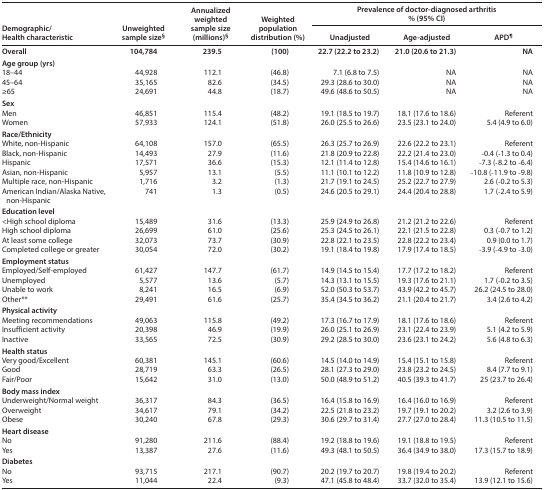
<table><thead><tr><td rowspan="3"><b>Demographic/Health characteristic</b></td><td rowspan="3"><b>Unweighted sample size<sup>§</sup></b></td><td rowspan="3"><b>Annualized weighted sample size (millions)<sup>§</sup></b></td><td rowspan="3"><b>Weighted population distribution (%)</b></td><td colspan="3"><b>Prevalence of doctor-diagnosed arthritis</b></td></tr><tr><td colspan="3"><b>% (95% CI)</b></td></tr><tr><td><b>Unadjusted</b></td><td><b>Age-adjusted</b></td><td><b>APD<sup>¶</sup></b></td></tr></thead><tbody><tr><td><b>Overall</b></td><td><b>104,784</b></td><td><b>239.5</b></td><td><b>(100)</b></td><td><b>22.7 (22.2 to 23.2)</b></td><td><b>21.0 (20.6 to 21.3)</b></td><td>NA</td></tr><tr><td colspan="7"><b>Age group (yrs)</b></td></tr><tr><td>18–44</td><td>44,928</td><td>112.1</td><td>(46.8)</td><td>7.1 (6.8 to 7.5)</td><td>NA</td><td>NA</td></tr><tr><td>45–64</td><td>35,165</td><td>82.6</td><td>(34.5)</td><td>29.3 (28.6 to 30.0)</td><td>NA</td><td>NA</td></tr><tr><td>≥65</td><td>24,691</td><td>44.8</td><td>(18.7)</td><td>49.6 (48.6 to 50.5)</td><td>NA</td><td>NA</td></tr><tr><td colspan="7"><b>Sex</b></td></tr><tr><td>Men</td><td>46,851</td><td>115.4</td><td>(48.2)</td><td>19.1 (18.5 to 19.7)</td><td>18.1 (17.6 to 18.6)</td><td>Referent</td></tr><tr><td>Women</td><td>57,933</td><td>124.1</td><td>(51.8)</td><td>26.0 (25.5 to 26.6)</td><td>23.5 (23.1 to 24.0)</td><td>5.4 (4.9 to 6.0)</td></tr><tr><td colspan="7"><b>Race/Ethnicity</b></td></tr><tr><td>White, non-Hispanic</td><td>64,108</td><td>157.0</td><td>(65.5)</td><td>26.3 (25.7 to 26.9)</td><td>22.6 (22.2 to 23.1)</td><td>Referent</td></tr><tr><td>Black, non-Hispanic</td><td>14,493</td><td>27.9</td><td>(11.6)</td><td>21.8 (20.9 to 22.8)</td><td>22.2 (21.4 to 23.0)</td><td>−0.4 (−1.3 to 0.4)</td></tr><tr><td>Hispanic</td><td>17,571</td><td>36.6</td><td>(15.3)</td><td>12.1 (11.4 to 12.8)</td><td>15.4 (14.6 to 16.1)</td><td>−7.3 (−8.2 to −6.4)</td></tr><tr><td>Asian, non-Hispanic</td><td>5,957</td><td>13.1</td><td>(5.5)</td><td>11.1 (10.1 to 12.2)</td><td>11.8 (10.9 to 12.8)</td><td>−10.8 (−11.9 to −9.8)</td></tr><tr><td>Multiple race, non-Hispanic</td><td>1,716</td><td>3.2</td><td>(1.3)</td><td>21.7 (19.1 to 24.5)</td><td>25.2 (22.7 to 27.9)</td><td>2.6 (−0.2 to 5.3)</td></tr><tr><td>American Indian/Alaska Native, non-Hispanic</td><td>741</td><td>1.3</td><td>(0.5)</td><td>24.6 (20.5 to 29.1)</td><td>24.4 (20.4 to 28.8)</td><td>1.7 (−2.4 to 5.9)</td></tr><tr><td colspan="7"><b>Education level</b></td></tr><tr><td>&lt;High school diploma</td><td>15,489</td><td>31.6</td><td>(13.3)</td><td>25.9 (24.9 to 26.8)</td><td>21.2 (21.2 to 22.6)</td><td>Referent</td></tr><tr><td>High school diploma</td><td>26,699</td><td>61.0</td><td>(25.6)</td><td>25.3 (24.5 to 26.1)</td><td>22.1 (21.5 to 22.8)</td><td>0.3 (−0.7 to 1.2)</td></tr><tr><td>At least some college</td><td>32,073</td><td>73.7</td><td>(30.9)</td><td>22.8 (22.1 to 23.5)</td><td>22.8 (22.2 to 23.4)</td><td>0.9 (0.0 to 1.7)</td></tr><tr><td>Completed college or greater</td><td>30,054</td><td>72.0</td><td>(30.2)</td><td>19.1 (18.4 to 19.8)</td><td>17.9 (17.4 to 18.5)</td><td>−3.9 (−4.9 to −3.0)</td></tr><tr><td colspan="7"><b>Employment status</b></td></tr><tr><td>Employed/Self-employed</td><td>61,427</td><td>147.7</td><td>(61.7)</td><td>14.9 (14.5 to 15.4)</td><td>17.7 (17.2 to 18.2)</td><td>Referent</td></tr><tr><td>Unemployed</td><td>5,577</td><td>13.6</td><td>(5.7)</td><td>14.3 (13.1 to 15.5)</td><td>19.3 (17.6 to 21.1)</td><td>1.7 (−0.2 to 3.5)</td></tr><tr><td>Unable to work</td><td>8,241</td><td>16.5</td><td>(6.9)</td><td>52.0 (50.3 to 53.7)</td><td>43.9 (42.2 to 45.7)</td><td>26.2 (24.5 to 28.0)</td></tr><tr><td>Other**</td><td>29,491</td><td>61.6</td><td>(25.7)</td><td>35.4 (34.5 to 36.2)</td><td>21.1 (20.4 to 21.7)</td><td>3.4 (2.6 to 4.2)</td></tr><tr><td colspan="7"><b>Physical activity</b></td></tr><tr><td>Meeting recommendations</td><td>49,063</td><td>115.8</td><td>(49.2)</td><td>17.3 (16.7 to 17.9)</td><td>18.1 (17.6 to 18.6)</td><td>Referent</td></tr><tr><td>Insufficient activity</td><td>20,398</td><td>46.9</td><td>(19.9)</td><td>26.0 (25.1 to 26.9)</td><td>23.1 (22.4 to 23.9)</td><td>5.1 (4.2 to 5.9)</td></tr><tr><td>Inactive</td><td>33,565</td><td>72.5</td><td>(30.9)</td><td>29.2 (28.5 to 30.0)</td><td>23.6 (23.1 to 24.2)</td><td>5.6 (4.8 to 6.3)</td></tr><tr><td colspan="7"><b>Health status</b></td></tr><tr><td>Very good/Excellent</td><td>60,381</td><td>145.1</td><td>(60.6)</td><td>14.5 (14.0 to 14.9)</td><td>15.4 (15.1 to 15.8)</td><td>Referent</td></tr><tr><td>Good</td><td>28,719</td><td>63.3</td><td>(26.5)</td><td>28.1 (27.3 to 29.0)</td><td>23.8 (23.2 to 24.5)</td><td>8.4 (7.7 to 9.1)</td></tr><tr><td>Fair/Poor</td><td>15,642</td><td>31.0</td><td>(13.0)</td><td>50.0 (48.9 to 51.2)</td><td>40.5 (39.3 to 41.7)</td><td>25 (23.7 to 26.4)</td></tr><tr><td colspan="7"><b>Body mass index</b></td></tr><tr><td>Underweight/Normal weight</td><td>36,317</td><td>84.3</td><td>(36.5)</td><td>16.4 (15.8 to 16.9)</td><td>16.4 (16.0 to 16.9)</td><td>Referent</td></tr><tr><td>Overweight</td><td>34,617</td><td>79.1</td><td>(34.2)</td><td>22.5 (21.8 to 23.2)</td><td>19.7 (19.1 to 20.2)</td><td>3.2 (2.6 to 3.9)</td></tr><tr><td>Obese</td><td>30,240</td><td>67.8</td><td>(29.3)</td><td>30.6 (29.7 to 31.4)</td><td>27.7 (27.0 to 28.4)</td><td>11.3 (10.5 to 11.5)</td></tr><tr><td colspan="7"><b>Heart disease</b></td></tr><tr><td>No</td><td>91,280</td><td>211.6</td><td>(88.4)</td><td>19.2 (18.8 to 19.6)</td><td>19.1 (18.8 to 19.5)</td><td>Referent</td></tr><tr><td>Yes</td><td>13,387</td><td>27.6</td><td>(11.6)</td><td>49.3 (48.1 to 50.5)</td><td>36.4 (34.9 to 38.0)</td><td>17.3 (15.7 to 18.9)</td></tr><tr><td colspan="7"><b>Diabetes</b></td></tr><tr><td>No</td><td>93,715</td><td>217.1</td><td>(90.7)</td><td>20.2 (19.7 to 20.7)</td><td>19.8 (19.4 to 20.2)</td><td>Referent</td></tr><tr><td>Yes</td><td>11,044</td><td>22.4</td><td>(9.3)</td><td>47.1 (45.8 to 48.4)</td><td>33.7 (32.0 to 35.4)</td><td>13.9 (12.1 to 15.6)</td></tr></tbody></table>